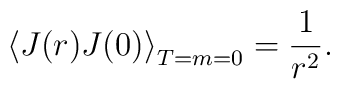
\left\langle J(r)J(0)\right\rangle _{T=m=0}=\frac{1}{r^{2}}.